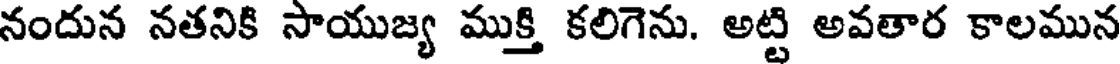
నందున నతనికి సాయుజ్య ముక్తి కలిగెను. అట్టి అవతార కాలమున